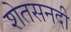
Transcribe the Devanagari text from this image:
शेतसनदी